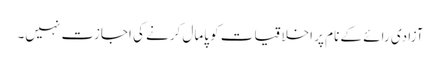
آزادی رائے کے نام پر اخلاقیات کو پامال کرنے کی اجازت نہیں۔